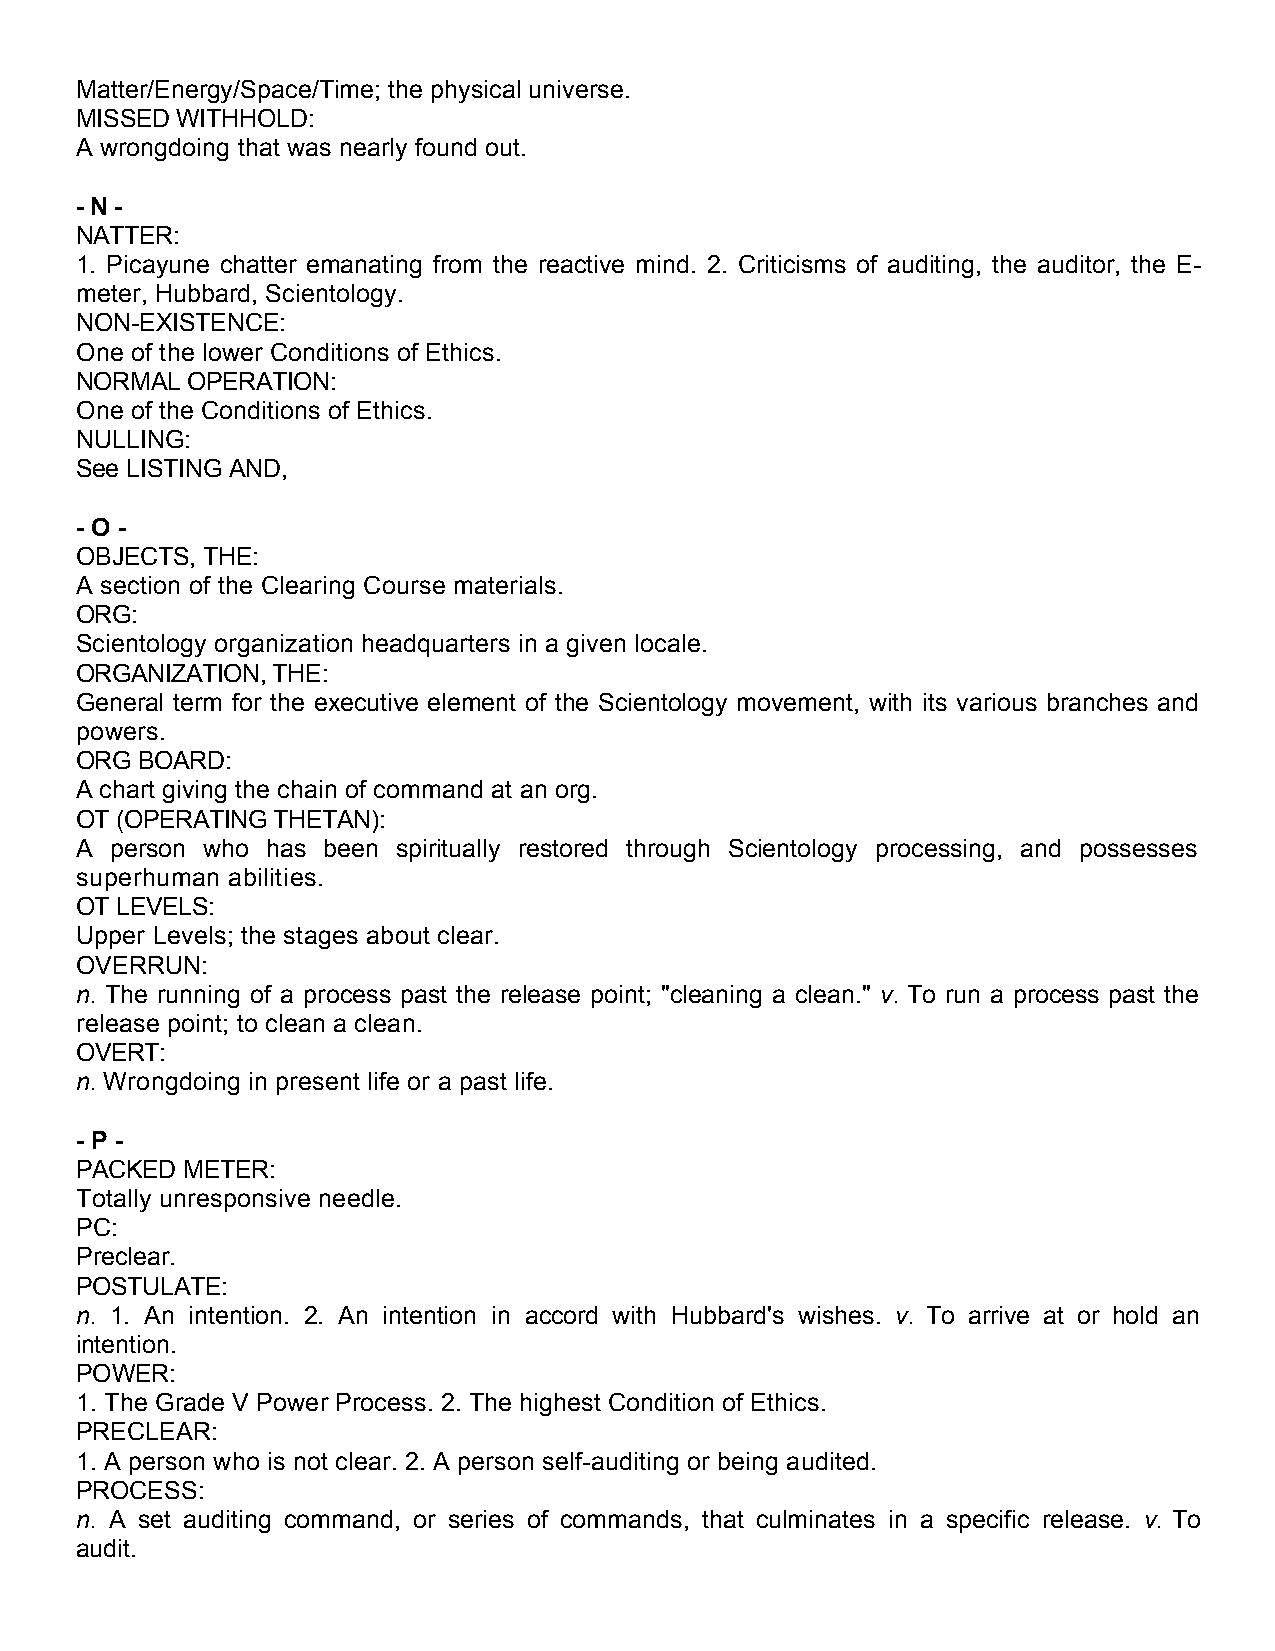
Matter/Energy/Space/Time; the physical universe.
 MISSED WITHHOLD:
 A wrongdoing that was nearly found out.
 - N -
 NATTER:
 1. Picayune chatter emanating from the reactive mind. 2. Criticisms of auditing, the auditor, the E-
 meter, Hubbard, Scientology.
 NON-EXISTENCE:
 One of the lower Conditions of Ethics.
 NORMAL OPERATION:
 One of the Conditions of Ethics.
 NULLING:
 See LISTING AND,
 - O -
 OBJECTS, THE:
 A section of the Clearing Course materials.
 ORG:
 Scientology organization headquarters in a given locale.
 ORGANIZATION, THE:
 General term for the executive element of the Scientology movement, with its various branches and
 powers.
 ORG BOARD:
 A chart giving the chain of command at an org.
 OT (OPERATING THETAN):
 A person who has been spiritually restored through Scientology processing, and possesses
 superhuman abilities.
 OT LEVELS:
 Upper Levels; the stages about clear.
 OVERRUN:
 n. The running of a process past the release point; "cleaning a clean." v. To run a process past the
 release point; to clean a clean.
 OVERT:
 n. Wrongdoing in present life or a past life.
 - P -
 PACKED METER:
 Totally unresponsive needle.
 PC:
 Preclear.
 POSTULATE:
 n. 1. An intention. 2. An intention in accord with Hubbard's wishes. v. To arrive at or hold an
 intention.
 POWER:
 1. The Grade V Power Process. 2. The highest Condition of Ethics.
 PRECLEAR:
 1. A person who is not clear. 2. A person self-auditing or being audited.
 PROCESS:
 n. A set auditing command, or series of commands, that culminates in a specific release. v. To
 audit.